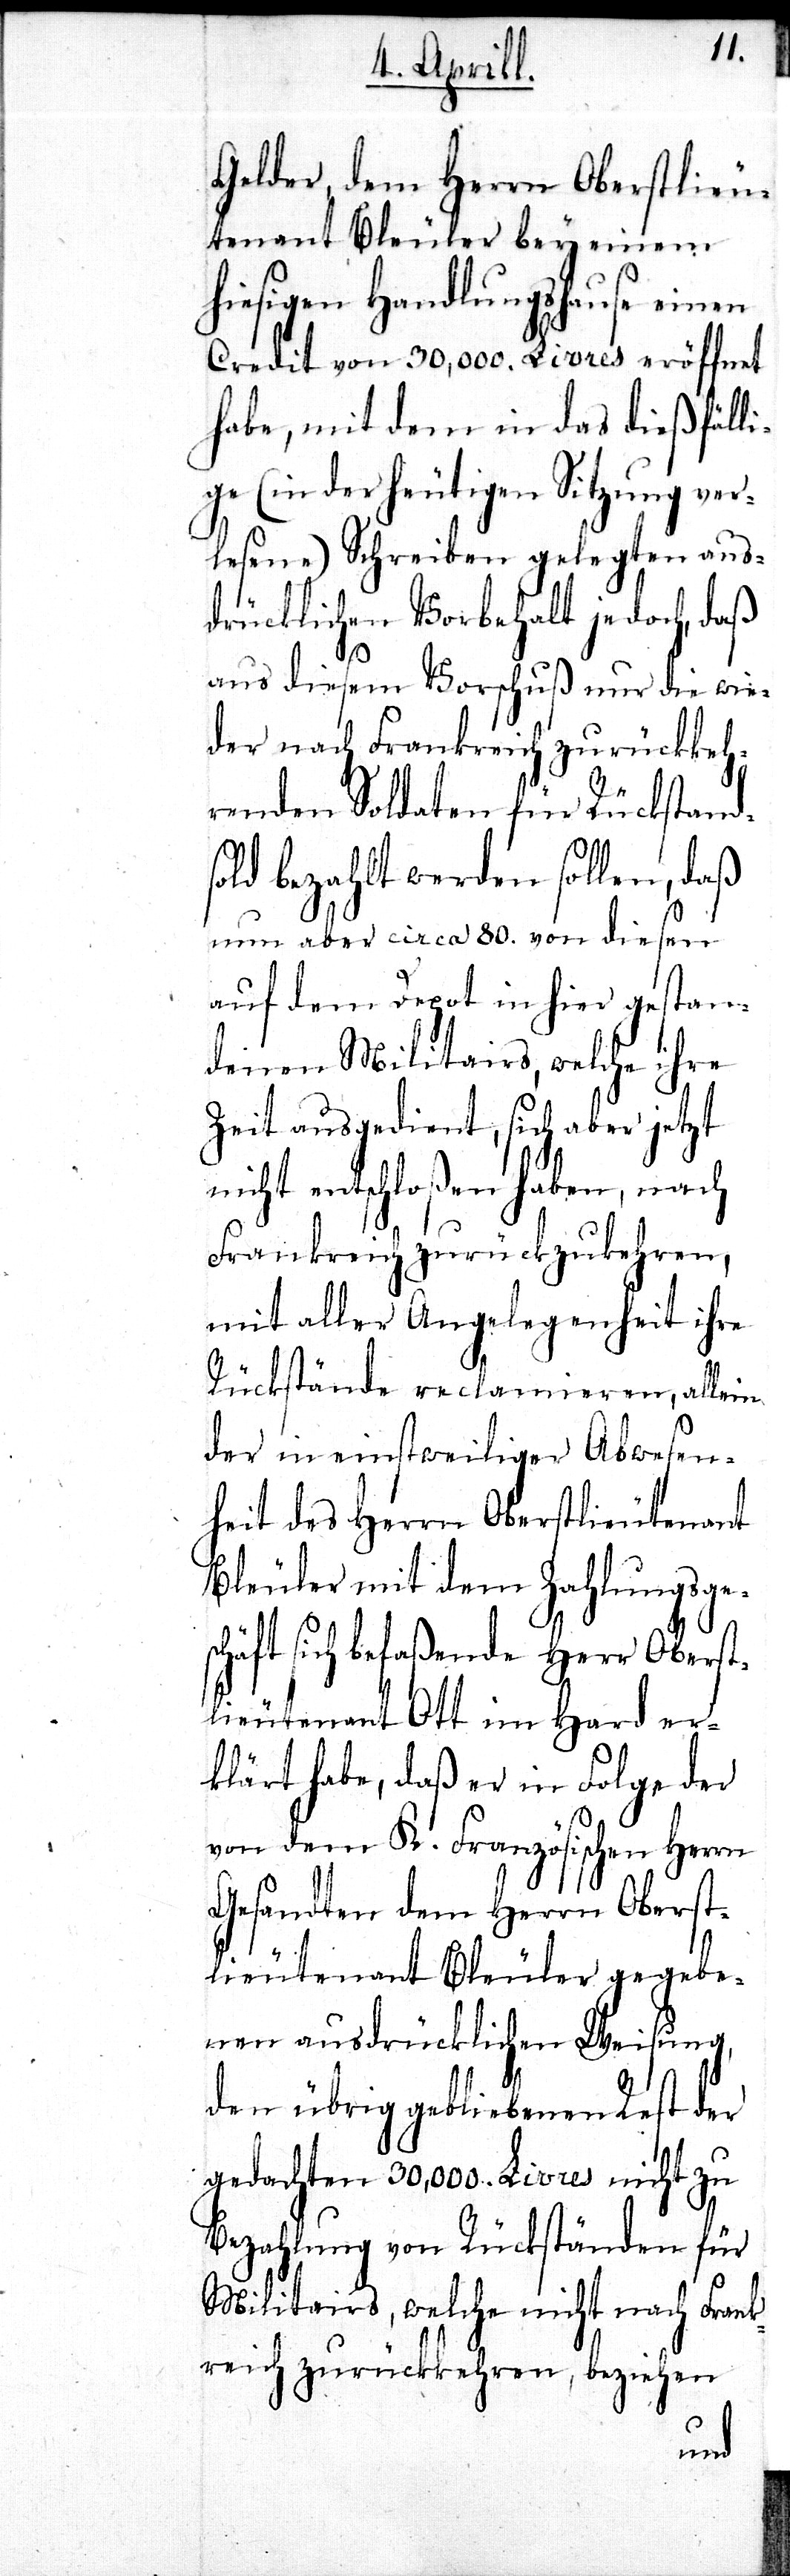
Gelder, dem Herrn Oberstlieu¬
tenant Bleuler bey einem
hiesigen Handlungshause einen
Credit von 30,000. Livres eröffnet
habe, mit dem in das dießfäll¬
ige (in der heutigen Sitzung ver¬
lesene) Schreiben gelegten aus¬
drücklichen Vorbehalt jedoch, daß
aus diesem Vorschuß nur die wie¬
der nach Frankreich zurückkeh¬
renden Soldaten für Rückstands¬
old bezahlt werden sollen, daß
nun aber circa 80. von diesen
auf dem Depot in hier gestan¬
denen Militairs, welche ihre
Zeit ausgedient, sich aber jetzt
nicht entschloßen haben, nach
Frankreich zurückzukehren,
mit aller Angelegenheit ihre
Rückstände reclamieren, allein
der in einstweiliger Abwesen¬
heit des Herrn Oberstlieut¬
st¬
Bleuler mit dem Zahlungs¬
chäft sich befaßende Herr Oberst¬
lieutenant Ott im Hard er¬
klärt habe, daß er in Folge der
von dem K. Französischen Her¬
Gesandten dem Herrn Ober¬
lieutenant Bleuler gegebe¬
nen ausdrücklichen Weisung,
den übrig gebliebenen Rest der
gedachten 30,000. Livres nicht zu
Bezahlung von Rückständen für
Militairs, welche nicht nach Fran¬
kreich zurückkehren, beziehen